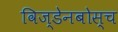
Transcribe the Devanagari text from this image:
विज्डेनबोस्च